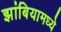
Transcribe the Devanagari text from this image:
झांबियामध्ये